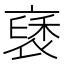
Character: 褎